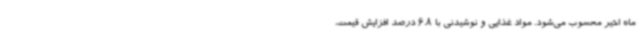
ماه اخیر محسوب می‌شود. مواد غذایی و نوشیدنی با 6.8 درصد افزایش قیمت،